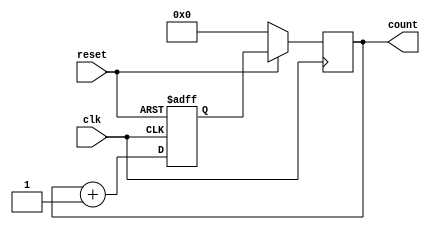
module synchronous_counter (
    input wire clk,
    input wire reset,
    output reg [7:0] count
);

reg [7:0] next_count;

always @(posedge clk or negedge reset) begin
    if (reset == 0) begin
        next_count <= 8'h00; // Initial value
    end else begin
        next_count <= count + 1;
    end
end

always @(posedge clk) begin
    if (reset == 0) begin
        count <= 8'h00;
    end else begin
        count <= next_count;
    end
end

endmodule